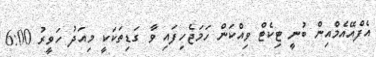
އެފްއޭއެމްއިން ބުނީ ޓިކެޓް ވިއްކަން ހަމަޖެހިފައި ވާ ގަޑިތަކަކީ މިއަދު ހަވީރު 6:00